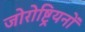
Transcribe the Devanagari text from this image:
जोरोष्ट्रियनों